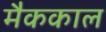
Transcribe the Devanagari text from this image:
मैककाल